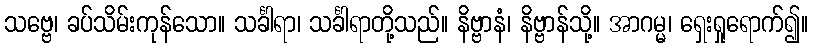
သဗ္ဗေ၊ ခပ်သိမ်းကုန်သော။ သင်္ခါရာ၊ သင်္ခါရာတို့သည်။ နိဗ္ဗာနံ၊ နိဗ္ဗာန်သို့။ အာဂမ္မ၊ ရှေးရှုရောက်၍။